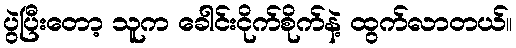
ပွဲပြီးတော့ သူက ခေါင်းငိုက်စိုက်နဲ့ ထွက်လာတယ်။